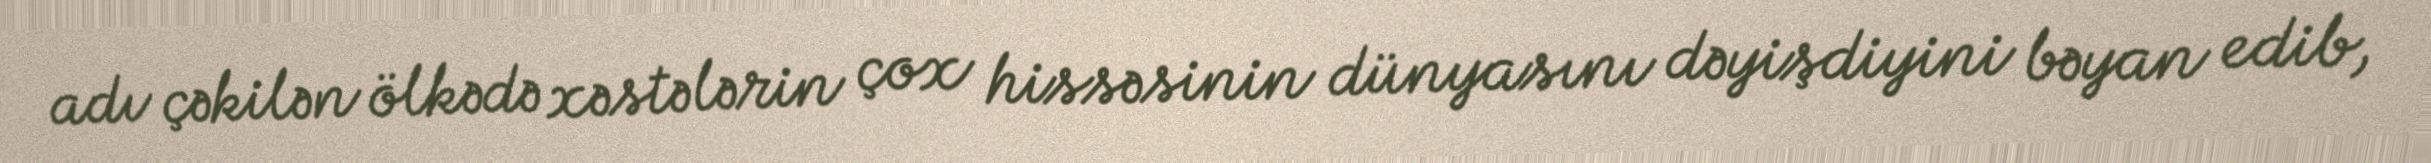
adı çəkilən ölkədə xəstələrin çox hissəsinin dünyasını dəyişdiyini bəyan edib,